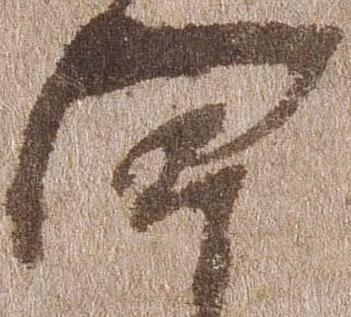
四